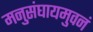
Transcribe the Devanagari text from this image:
मनुसंघायमुवनं